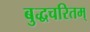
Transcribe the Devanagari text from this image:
बुद्धचरितम्‌